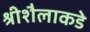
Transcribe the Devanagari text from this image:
श्रीशैलाकडे